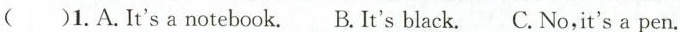
()1. A. It's a notebook.B.It's black. C.No,it's a pen.